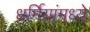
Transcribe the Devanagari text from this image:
धर्मियांमध्ये